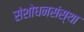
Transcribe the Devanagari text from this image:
संशोधनसंस्था